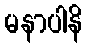
မနာပါနိ